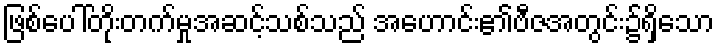
ဖြစ်ပေါ်တိုးတက်မှုအဆင့်သစ်သည် အဟောင်း၏ဗီဇအတွင်း၌ရှိသော